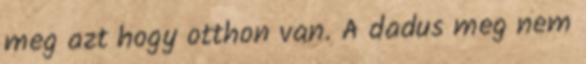
meg azt hogy otthon van. A dadus meg nem